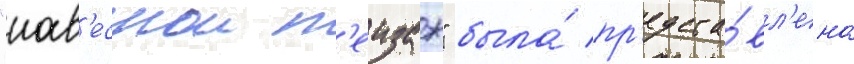
"нав'еснои п'еизаж" была́ пр'едста́вл'ена